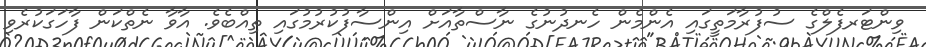
ވިންޓަރފެލްގެ ސުފުރާމަތީގައި އެންމެން ހެނދުނުގެ ނާސްތާއަށް އިންސާފުކުރުމުގައި ތިއްބެވެ. އާވާ ނެތްކަން ފާހަގަކުރެވި